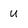
Character: U